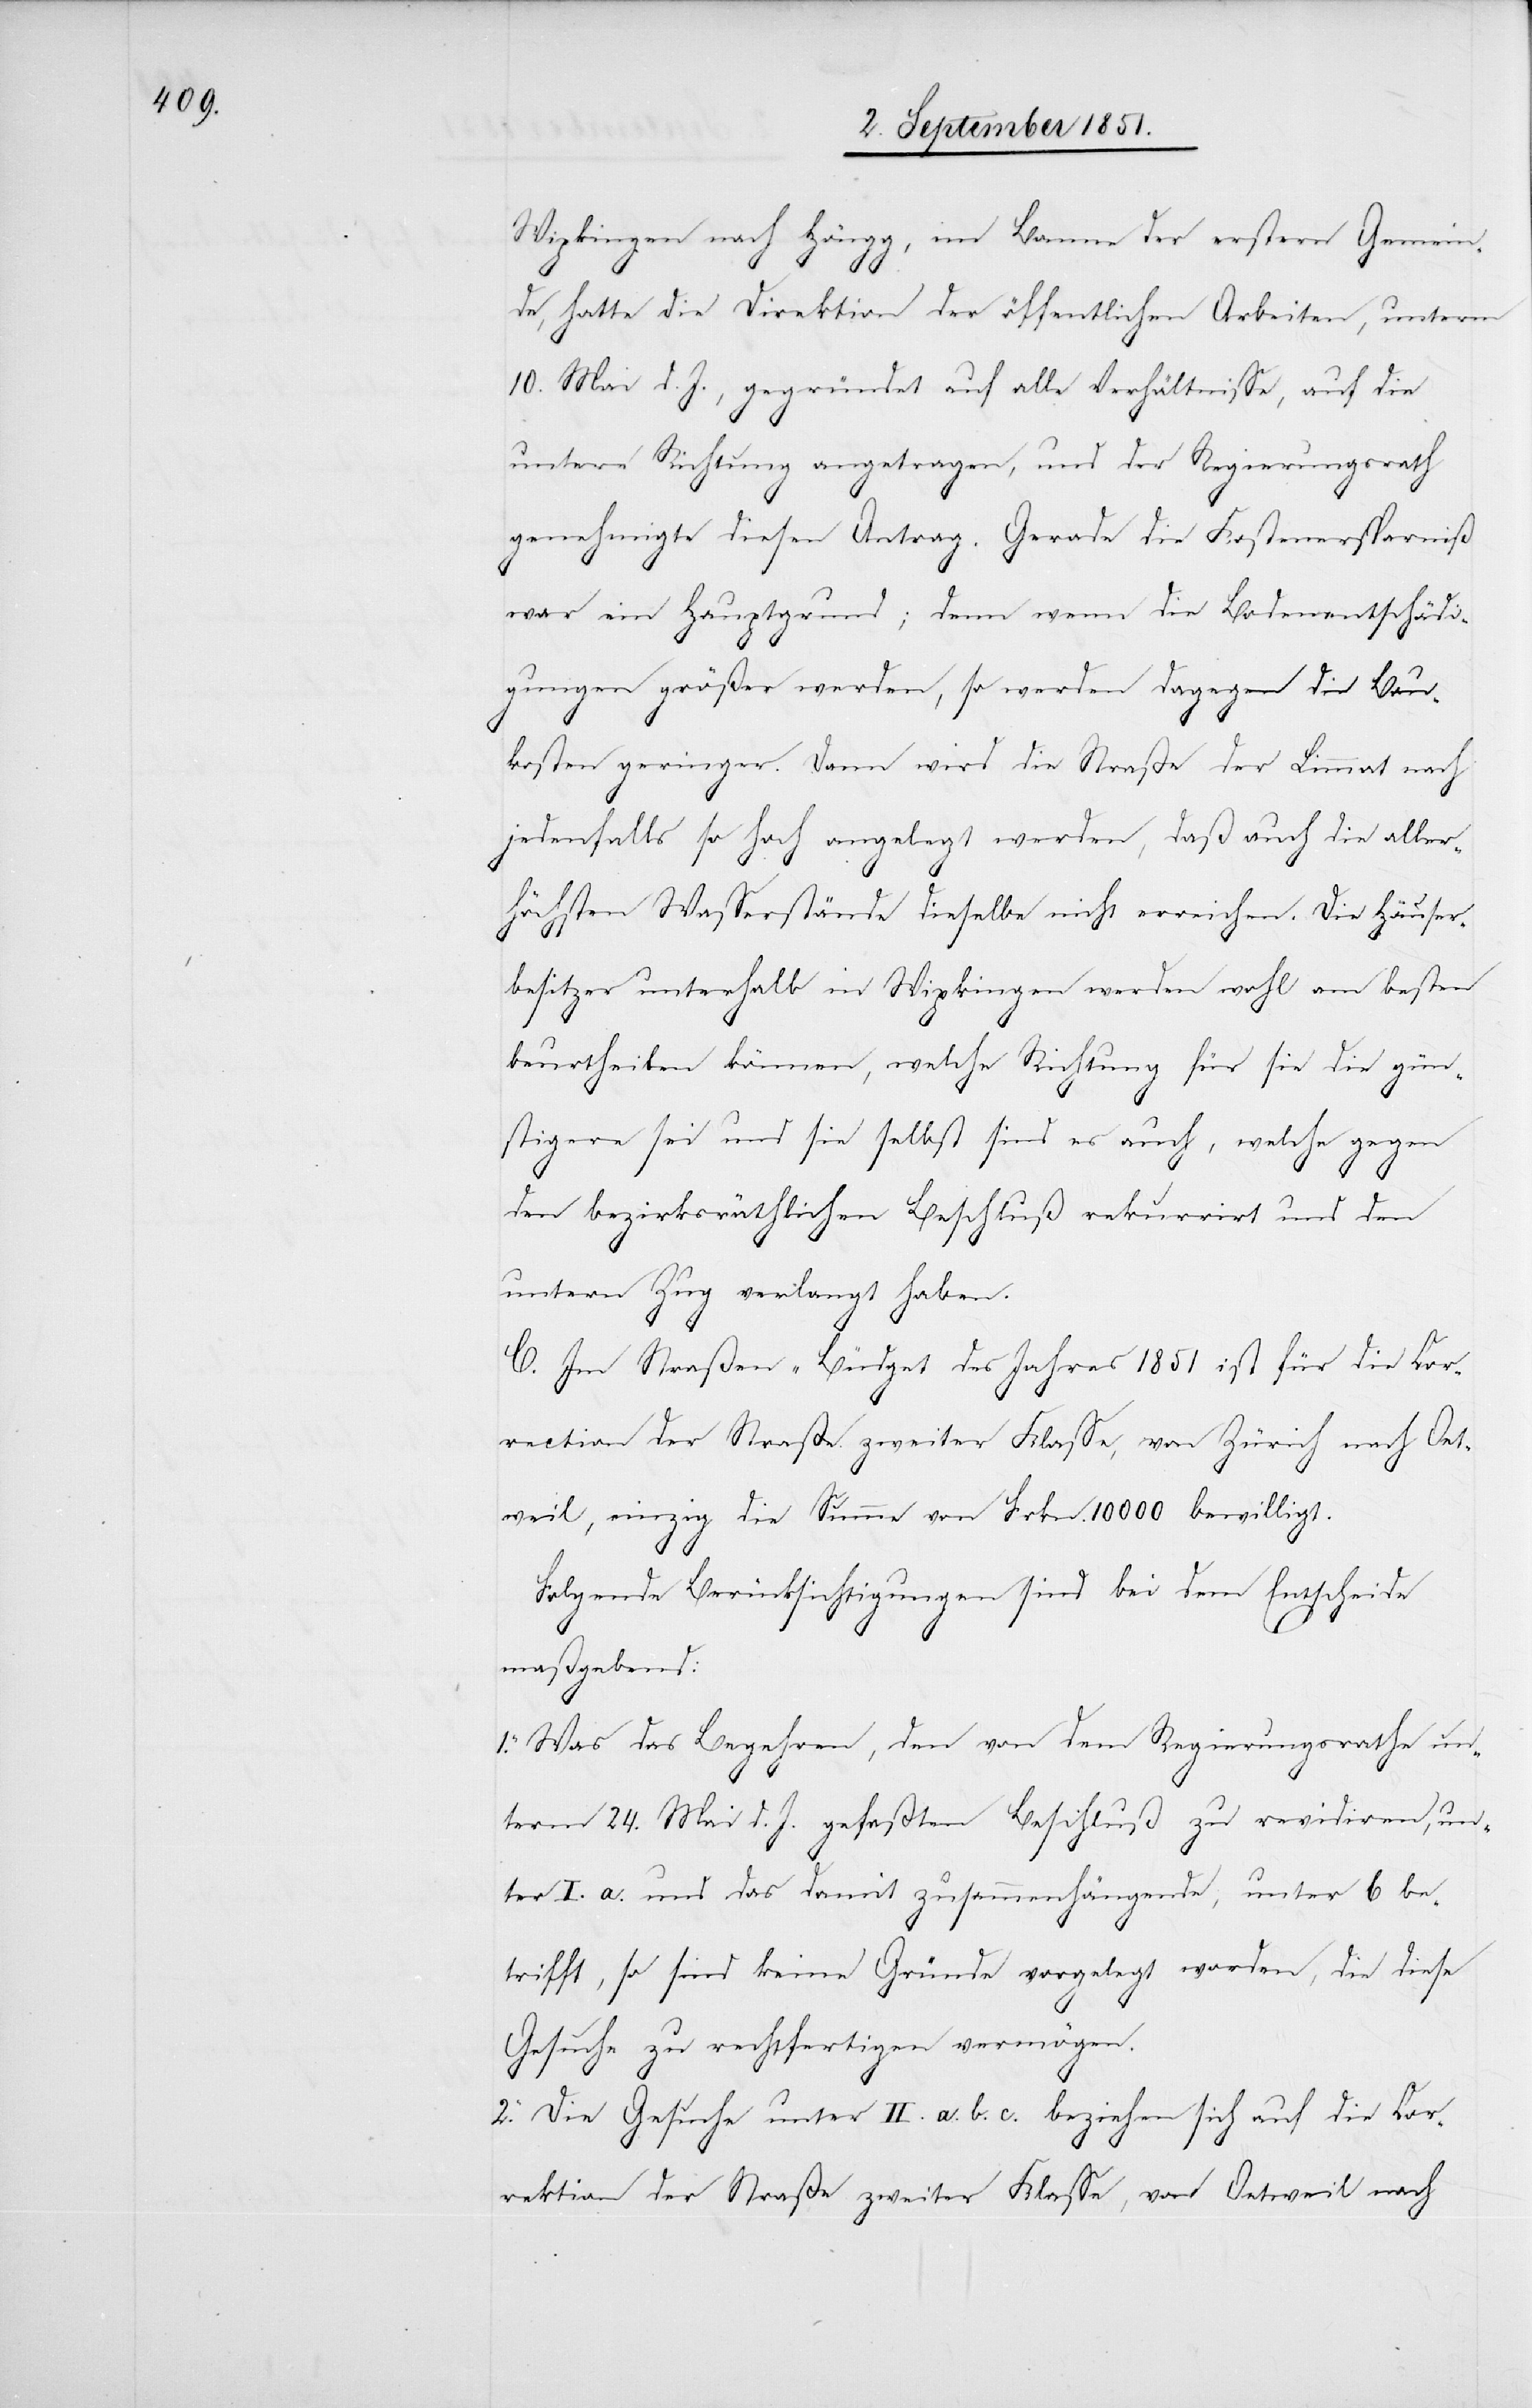
Wipkingen nach Höngg, im Banne der erstern Gemein¬
de, hatte die Direktion der öffentlichen Arbeiten, unterm
10. Mai d. J., gegründet auf alle Verhältnisse, auf die
untere Richtung angetragen, und der Regierungsrath
genehmigte diesen Antrag. Gerade die Kostenersparniß
war ein Hauptgrund; denn wenn die Bodenentschädi¬
gungen größer werden, so werden dagegen die Bau¬
kosten geringer. Dann wird die Straße der Limmat nach
jedenfalls so hoch angelegt werden, daß auch die aller¬
höchsten Wasserstände dieselbe nicht erreichen. Die Häuser¬
besitzer unterhalb in Wipkingen werden wohl am besten
beurtheilen können, welche Richtung für sie die gün¬
stigere sei und sie selbst sind es auch, welche gegen
den bezirksräthlichen Beschluß rekurrirt und den
untern Zug verlangt haben.
C. Im Straßen-Büdget des Jahres 1851 ist für die Cor¬
rection der Straße zweiter Klasse, von Zürich nach Oet¬
weil, einzig die Summe von Frkn. 10 000 bewilligt.
Folgende Berücksichtigungen sind bei dem Entscheide
maßgebend:
1. Was das Begehren, den von dem Regierungsrathe un¬
term 24. Mai d. J. gefaßten Beschluß zu revidiren, un¬
ter I. a. und das damit zusammenhängende, unter b be¬
trifft, so sind keine Gründe vorgelegt worden, die diese
Gesuche zu rechtfertigen vermögen.
2. Die Gesuche unter II. a.[,] b.[,] c. beziehen sich auf die Cor¬
rektion der Straße zweiter Klasse, von Oetweil nach